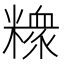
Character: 𥼟